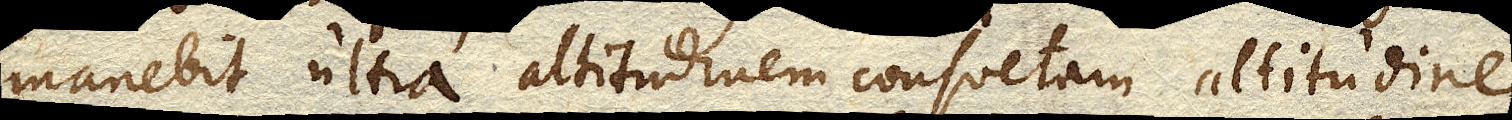
manebit ultra altitudinem consuetam altitudine